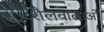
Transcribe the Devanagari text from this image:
शैलवालाओं